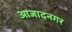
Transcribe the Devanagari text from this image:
आजादनगर